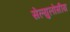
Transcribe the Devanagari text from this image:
सेल्युलोसीय